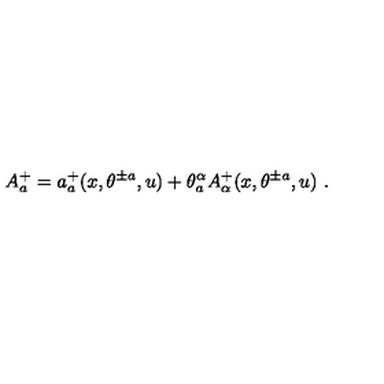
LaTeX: A _ { a } ^ { + } = a _ { a } ^ { + } ( x , \theta ^ { \pm a } , u ) + \theta _ { a } ^ { \alpha } A _ { \alpha } ^ { + } ( x , \theta ^ { \pm a } , u ) \ .